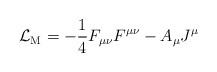
\begin{align*}{\cal L}_{\rm M}=-\frac{1}{4} F_{\mu\nu}F^{\mu\nu}-A_\mu J^\mu\end{align*}